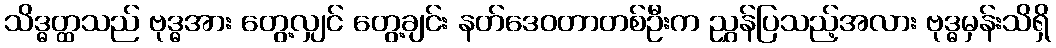
သိဒ္ဓတ္ထသည် ဗုဒ္ဓအား တွေ့လျှင် တွေ့ချင်း နတ်ဒေဝတာတစ်ဦးက ညွှန်ပြသည့်အလား ဗုဒ္ဓမှန်းသိရှိ